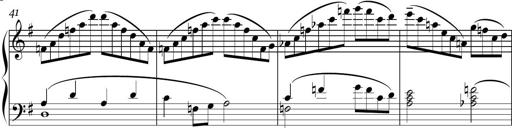
Title: Sonatina in E minor
Composer: Shuwen Zhang
Key: E minor